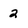
Character: 2